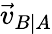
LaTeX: {\vec{v}}_{B\mid A}